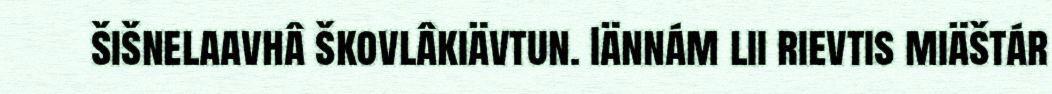
šišnelaavhâ škovlâkiävtun. Iännám lii rievtis miäštár